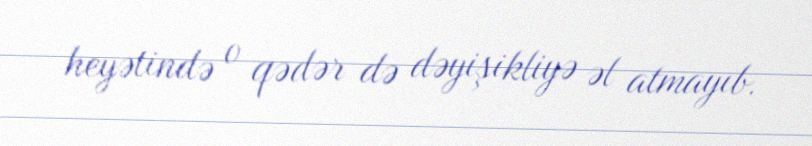
heyətində o qədər də dəyişikliyə əl atmayıb.